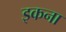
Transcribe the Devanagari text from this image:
इकना